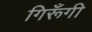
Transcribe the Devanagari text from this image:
गिरूँगी